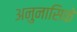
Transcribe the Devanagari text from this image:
अनुनासिके